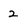
Character: 2